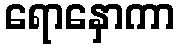
ရောနှောကာ